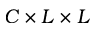
C \times L \times L